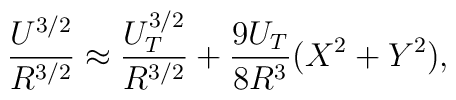
\frac{U^{3/2}}{R^{3/2}}\approx\frac{U_T^{3/2}}{R^{3/2}}+\frac{9U_T}{8R^3}(X^2+Y^2),